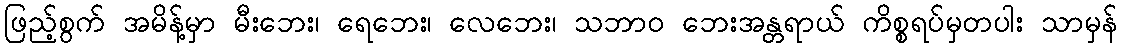
ဖြည့်စွက် အမိန့်မှာ မီးဘေး၊ ရေဘေး၊ လေဘေး၊ သဘာ၀ ဘေးအန္တရာယ် ကိစ္စရပ်မှတပါး သာမှန်